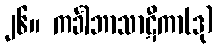
၂၆။ ကင်္ခါဘာသာဋီကာ(ဒု)